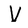
Character: V